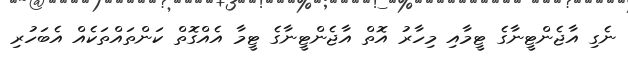
ނެގި އާޖެންޓީނާގެ ޓީމާއި މިހާރު އޮތް އާޖެންޓީނާގެ ޓީމާ އެއްގޮތް ކަންތައްތަކެއް އެބަހުރި